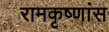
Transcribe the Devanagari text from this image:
रामकृष्णांस